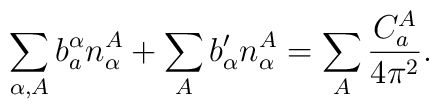
\sum_{\alpha,A}b^\alpha_an^A_\alpha + \sum_Ab'_{\alpha}n^A_\alpha= \sum_A{C^A_a\over4\pi^2}.